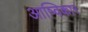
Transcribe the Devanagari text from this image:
आष्विकार